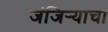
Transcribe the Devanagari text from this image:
जंजिर्‍याचा